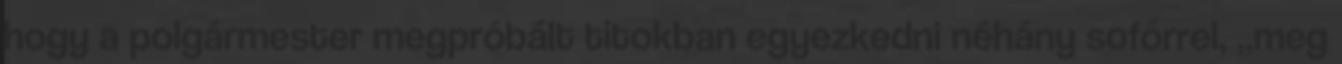
hogy a polgármester megpróbált titokban egyezkedni néhány sofőrrel, „meg